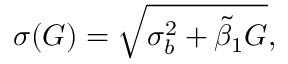
\sigma ( G ) = \sqrt { \sigma _ { b } ^ { 2 } + \tilde { \beta } _ { 1 } G } ,